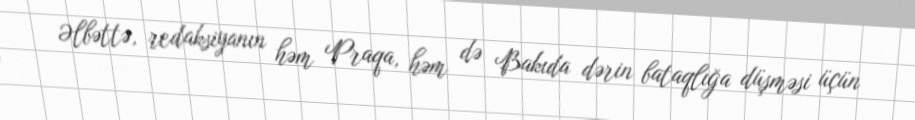
Əlbəttə, redaksiyanın həm Praqa, həm də Bakıda dərin bataqlığa düşməsi üçün